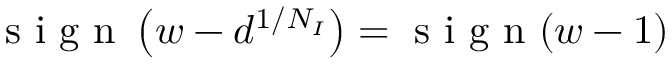
\mathrm { ~ s ~ i ~ g ~ n ~ } \left( w - d ^ { 1 / N _ { I } } \right) = \mathrm { ~ s ~ i ~ g ~ n ~ } ( w - 1 )